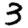
Digit: 3